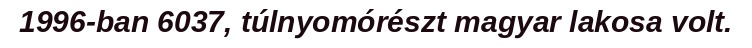
1996-ban 6037, túlnyomórészt magyar lakosa volt.